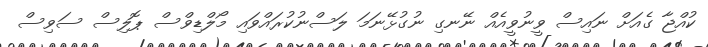
ކުއްޖާ ގެއަށް ނައިސް ވީނުވީއެއް ނޭނގި ނުގުޅޭނަމަ ލަސްނުކުރައްވައި މޯލްޑިވްސް ޕޮލިސް ސަވިސް